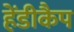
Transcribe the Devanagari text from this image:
हेंडीकैप